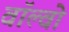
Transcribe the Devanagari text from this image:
वाॅल्वो